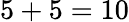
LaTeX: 5+5=10